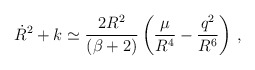
\begin{align*}\dot{R}^2+k \simeq \frac{2 R^2}{(\beta+2)}\left(\frac{\mu}{R^4}-\frac{q^2}{R^6}\right)\,,\end{align*}